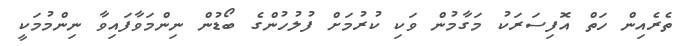
ތެރެއިން ހަތް އޮފިސަރަކު މަގާމުން ވަކި ކުރުމަށް ފުލުހުންގެ ބޯޑުން ނިންމަވާފައިވާ ނިންމުމަކީ